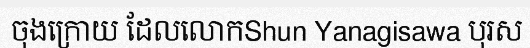
ចុងក្រោយ ដែលលោកShun Yanagisawa បុរស